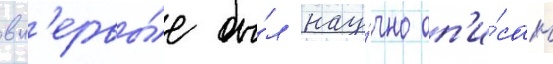
вп'ервы́е бы́л нау́чно оп'и́сан